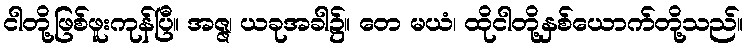
ငါတို့ဖြစ်ဖူးကုန်ပြီ။ အဇ္ဇ၊ ယခုအခါ၌။ တေ မယံ၊ ထိုငါတို့နှစ်ယောက်တို့သည်။